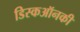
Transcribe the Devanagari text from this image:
डिस्कऑनकी